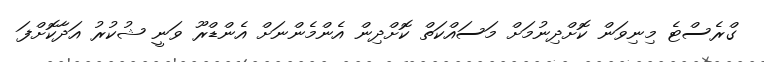
ގްރެސްޓެ މިނިވަން ކޮށްދިނުމަށް މަސައްކަތް ކޮށްދިން އެންމެންނަށް އެންޑްރޫ ވަނީ ޝުކުރު އަދާކޮށްފަ